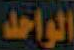
الواحد